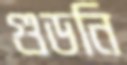
গুডনি